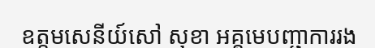
ឧត្តមសេនីយ៍សៅ សុខា អគ្គមេបញ្ជាការរង